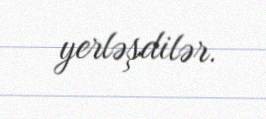
yerləşdilər.